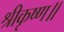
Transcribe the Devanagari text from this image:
श्रीकृष्ण॥